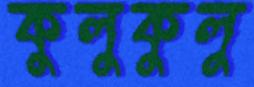
কুলুকুলু